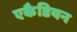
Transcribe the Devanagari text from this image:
एकैडियन